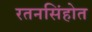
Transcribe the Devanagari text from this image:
रतनसिंहोत